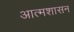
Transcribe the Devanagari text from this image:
आत्मशासन